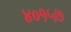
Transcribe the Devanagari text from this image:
४०१५७